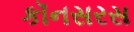
કૉનસરસ